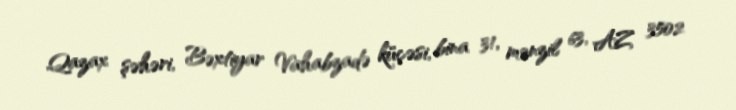
Qazax şəhəri, Bəxtiyar Vahabzadə küçəsi, bina 31, mənzil 63, AZ 3502